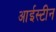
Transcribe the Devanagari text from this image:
आईस्टीन